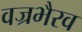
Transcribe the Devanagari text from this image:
वज्रभैरव